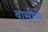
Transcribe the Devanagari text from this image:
बासीले